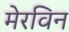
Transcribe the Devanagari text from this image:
मेरविन